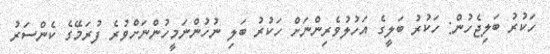
ހަކުރު ބަލިޖެހުން: ހަކުރު ބަލީގެ އަހުލުވެރިންނަށް ހަކުރު ބަލި ނުހުންނަމީހުންނަށްވުރެ ފުރަމޭގެ ކެންސަރު